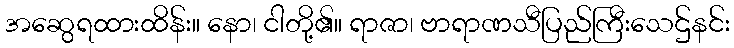
အဆွေရထားထိန်း။ နော၊ ငါတို့၏။ ရာဇာ၊ ဗာရာဏသီပြည်ကြီးသေဌ်နင်း